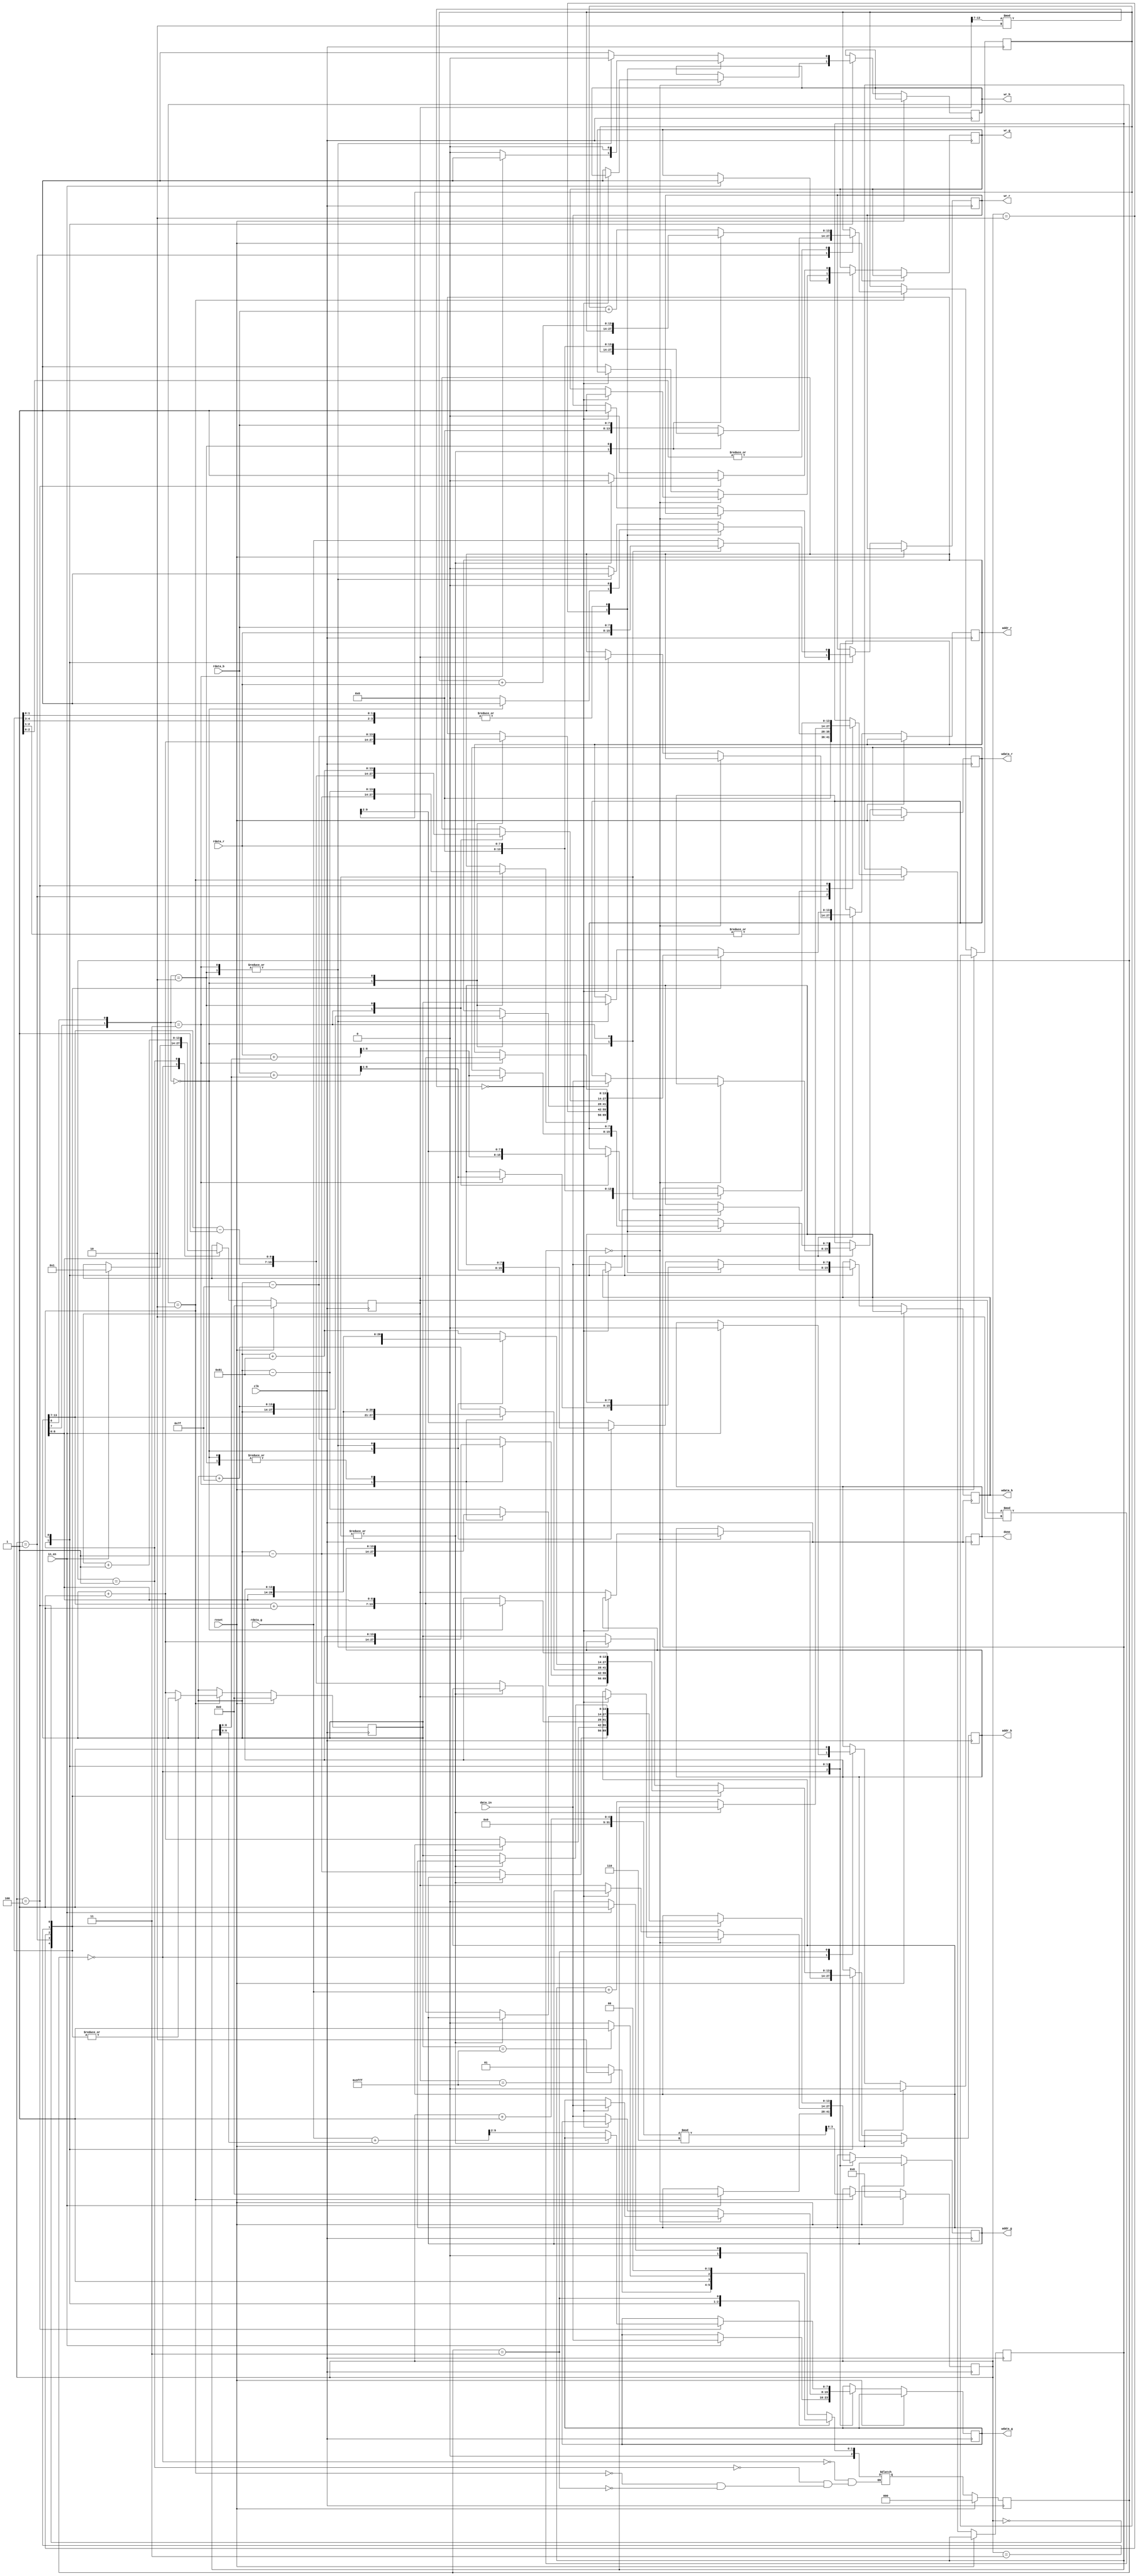
module demosaic(clk, reset, in_en, data_in, wr_r, addr_r, wdata_r, rdata_r, wr_g, addr_g, wdata_g, rdata_g, wr_b, addr_b, wdata_b, rdata_b, done);
input clk;
input reset;
input in_en;
input [7:0] data_in;
output reg wr_r;
output reg [13:0] addr_r;
output reg [7:0] wdata_r;
input [7:0] rdata_r;
output reg wr_g;
output reg [13:0] addr_g;
output reg [7:0] wdata_g;
input [7:0] rdata_g;
output reg wr_b;
output reg [13:0] addr_b;
output reg [7:0] wdata_b;
input [7:0] rdata_b;
output reg done;

parameter IDLE = 0, READ = 1, BILINEAR = 2, FINISH = 3;
reg [2:0] state, next_state;

reg [13:0] count; // 2^14 = 16384
reg [13:0] center;
reg [3:0] i;
reg [13:0] tmp, tmp2;

// state machine
always @(*) begin
    case (state)
        IDLE: next_state <= (in_en)? READ : IDLE;
        READ: next_state <= (count == 16383)? BILINEAR : READ; 
        BILINEAR: next_state <= (center == 16383)? FINISH : BILINEAR;
        FINISH: next_state <= IDLE;
    endcase
end

// logic output
always @(posedge clk)begin
    if(reset)begin 
        state <= IDLE; count <= 0; done <= 1'b0; center <= 0; i <= 0;
    end else begin 
        state <= next_state;
        case(state)
        IDLE: begin
           if(in_en) begin
            done <= 1'b0;
            wr_g <= 1'b1;
            addr_g <= 14'b0;
            wdata_g <= data_in;
            count <= 1;
           end
        end
        READ: begin
            count <= count + 1;
            if(count%2 == 0)begin // even col: g,b
                if(count[13:7]%2==0)begin // even row : g
                    wr_g <= 1'b1;
                    addr_g <= count;
                    wdata_g <= data_in;
                end else begin // odd row: b
                    wr_b <= 1'b1;
                    addr_b <= count;
                    wdata_b <= data_in;
                end
            end else begin // odd col: r,g
                if(count[13:7]%2==0)begin // even row : r
                    wr_r <= 1'b1;
                    addr_r <= count;
                    wdata_r <= data_in;
                end else begin // odd row: g
                    wr_g <= 1'b1;
                    addr_g <= count;
                    wdata_g <= data_in;
                end
            end           
        end
        BILINEAR:begin
            i <= (i + 1)%6;
                case(i)
                    0: begin // read left
                        case({center[7],center[0]})
                            2'b00:begin // left is r
                                wr_r <= 1'b0; wr_g <= 1'b0; wr_b <= 1'b0;
                                addr_r <= center - 1;
                            end
                            2'b11:begin // left is b
                                wr_b <= 1'b0; wr_g <= 1'b0; wr_r <= 1'b0;
                                addr_b <= center - 1;
                            end
                            2'b10:begin // left is g left-up is r (center is b)
                                wr_g <= 1'b0; wr_r <= 1'b0; wr_b <= 1'b0;
                                addr_g <= center - 1;
                                addr_r <= center - 129; // left-up
                            end
                            default:begin // left is g left-up is b (center is r)
                                wr_g <= 1'b0; wr_r <= 1'b0; wr_b <= 1'b0;
                                addr_g <= center - 1;
                                addr_b <= center - 129; // left-up
                            end
                        endcase
                    end
                    1:begin // read right and save left
                        case({center[7],center[0]})
                            2'b00:begin // right is r
                                wr_r <= 1'b0; wr_g <= 1'b0; wr_b <= 1'b0;
                                addr_r <= center + 1;
                                tmp <= rdata_r;
                            end
                            2'b11:begin // right is b
                                wr_b <= 1'b0; wr_r <= 1'b0; wr_g <= 1'b0;
                                addr_b <= center + 1;
                                tmp <= rdata_b;
                            end
                            2'b10:begin // left is g left-up is r (center is b)
                                wr_g <= 1'b0; wr_r <= 1'b0; wr_b <= 1'b0;
                                addr_g <= center + 1;
                                addr_r <= center - 127; // right-up
                                tmp <= rdata_g;
                                tmp2 <= rdata_r;
                            end
                            default:begin // left is g left-up is b (center is r)
                                wr_g <= 1'b0; wr_r <= 1'b0; wr_b <= 1'b0;
                                addr_g <= center + 1;
                                addr_b <= center - 127; // right-up
                                tmp <= rdata_g;
                                tmp2 <= rdata_b;
                            end
                        endcase
                    end
                    2:begin // write left and right and do bilinear interpolation
                        case({center[7],center[0]})
                            2'b00:begin // right is r
                                wr_r <= 1'b1; wr_g <= 1'b0; wr_b <= 1'b0;
                                addr_r <= center;
                                wdata_r <= (rdata_r + tmp) >> 1;
                            end
                            2'b11:begin // right is b
                                wr_b <= 1'b1; wr_g <= 1'b0; wr_r <= 1'b0;
                                addr_b <= center;
                                wdata_b <= (rdata_b + tmp) >> 1;
                            end
                            2'b10:begin // left is g left-up is r (center is b)
                                wr_g <= 1'b0; wr_r <= 1'b0; wr_b <= 1'b0;
                                addr_g <= {center[13:7] - 1, center[6:0]};
                                addr_r <= center + 127; // left-down
                                tmp <= tmp + rdata_g;
                                tmp2 <= tmp2 + rdata_r;
                            end
                            default:begin // left is g left-up is b (center is r)
                                wr_g <= 1'b0; wr_r <= 1'b0; wr_b <= 1'b0;
                                addr_g <= {center[13:7] - 1, center[6:0]};
                                addr_b <= center + 127; // left-down
                                tmp <= tmp + rdata_g;
                                tmp2 <= tmp2 + rdata_b;
                            end
                        endcase                       
                       
                    end
                    3:begin
                        case({center[7],center[0]})
                            2'b00:begin // right is r
                                // read up
                                wr_b <= 1'b0; wr_r <= 1'b0; wr_g <= 1'b0;
                                addr_b <= {center[13:7] - 1, center[6:0]};
                            end
                            2'b11:begin // right is b
                                // read up
                                wr_r <= 1'b0; wr_g <= 1'b0; wr_b <= 1'b0;
                                addr_r <= {center[13:7] - 1, center[6:0]};
                            end
                            2'b10:begin // left is g left-up is r (center is b)
                                wr_g <= 1'b0; wr_r <= 1'b0; wr_b <= 1'b0;
                                addr_g <= {center[13:7] + 1, center[6:0]};
                                addr_r <= center + 129; // right-down
                                tmp <= tmp + rdata_g;
                                tmp2 <= tmp2 + rdata_r;
                            end
                            default:begin // left is g left-up is b (center is r)
                                wr_g <= 1'b0; wr_r <= 1'b0; wr_b <= 1'b0;
                                addr_g <= {center[13:7] + 1, center[6:0]};
                                addr_b <= center + 129; // right-down
                                tmp <= tmp + rdata_g;
                                tmp2 <= tmp2 + rdata_b;
                            end
                        endcase         
                    end
                    4:begin // read down and save up
                        case({center[7],center[0]})
                            2'b00:begin // right is r
                               wr_b <= 1'b0; wr_r <= 1'b0; wr_g <= 1'b0;
                                addr_b <= {center[13:7] + 1, center[6:0]};
                                tmp <= rdata_b;
                            end
                            2'b11:begin // right is b
                                wr_r <= 1'b0; wr_g <= 1'b0; wr_b <= 1'b0;
                                addr_r <= {center[13:7] + 1, center[6:0]};
                                tmp <= rdata_r;
                            end  
                            2'b10:begin // left is g left-up is r (center is b)
                                wr_g <= 1'b1; wr_r <= 1'b0; wr_b <= 1'b0; 
                                addr_g <= center;
                                wdata_g <= (rdata_g + tmp) >> 2;
                                tmp2 <= tmp2 + rdata_r;
                            end          
                            default:begin // left is g left-up is b (center is r)
                                wr_g <= 1'b1; wr_r <= 1'b0; wr_b <= 1'b0; 
                                addr_g <= center;
                                wdata_g <= (rdata_g + tmp) >> 2;
                                tmp2 <= tmp2 + rdata_b;
                            end
                        endcase
                    end
                    default:begin  // write up and down and do bilinear interpolation
                         case({center[7],center[0]})
                            2'b00:begin // right is r                             
                                wr_b <= 1'b1; wr_r <= 1'b0; wr_g <= 1'b0;
                                addr_b <= center;
                                wdata_b <= (rdata_b + tmp) >> 1;
                            end
                            2'b11:begin // right is b                              
                                wr_r <= 1'b1; wr_g <= 1'b0; wr_b <= 1'b0;
                                addr_r <= center;
                                wdata_r <= (rdata_r + tmp) >> 1;                             
                            end
                            2'b10:begin // left is g left-up is r (center is b)
                                wr_g <= 1'b0; wr_r <= 1'b1; wr_b <= 1'b0;
                                addr_r <= center;
                                wdata_r <= tmp2 >> 2;
                            end
                            default:begin // left is g left-up is b (center is r)
                                wr_g <= 1'b0; wr_r <= 1'b0; wr_b <= 1'b1;
                                addr_b <= center;
                                wdata_b <= tmp2 >> 2;
                            end
                        endcase

                        center <= center + 1;
                    end
                endcase
        end 
        FINISH: done <= 1'b1;
        endcase
    end
end
endmodule